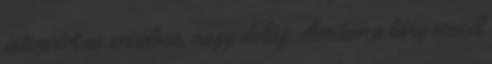
istenvért az ereidben, nagy dolog. Amikor a lány mesél